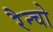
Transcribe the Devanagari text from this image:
रैन्चो